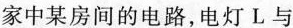
家中某房间的电路，电灯L与